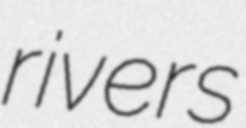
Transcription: rivers